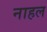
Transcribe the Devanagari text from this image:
नाहल